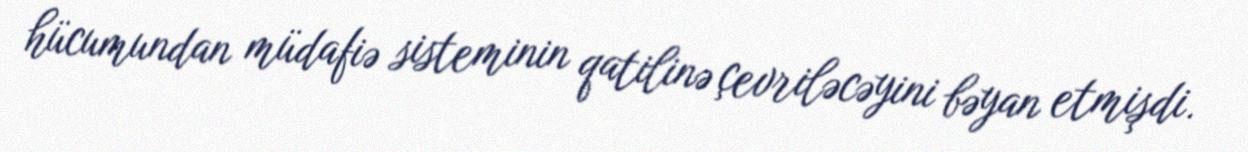
hücumundan müdafiə sisteminin qatilinə çevriləcəyini bəyan etmişdi.